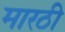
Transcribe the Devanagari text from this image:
मारठी